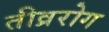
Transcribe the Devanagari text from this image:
तीव्ररोग